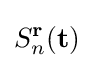
S_{n}^{\mathbf {r} }(\mathbf {t} )